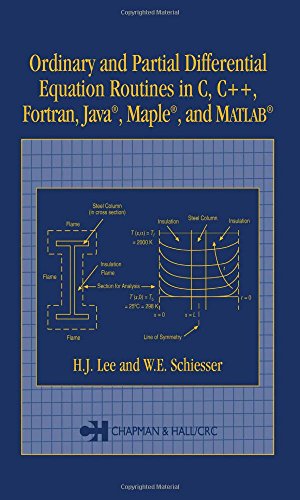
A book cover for Ordinary and Partial Differential Equation Routines in C, C++, Fortran, Java, Maple, and MATLAB; H.J. Lee; Travel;